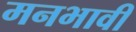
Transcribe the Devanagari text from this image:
मनभावी